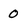
Character: 0